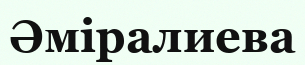
Әміралиева